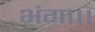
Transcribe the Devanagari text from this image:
भंगा।।